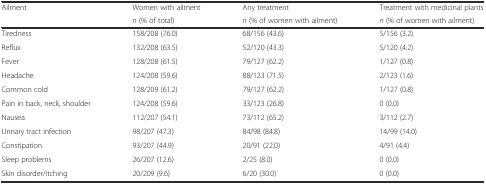
<table><thead><tr><td><b>Ailment</b></td><td><b>Women with ailment</b></td><td><b>Any treatment</b></td><td><b>Treatment with medicinal plants</b></td></tr><tr><td></td><td><b><i>n</i> (% of total)</b></td><td><b><i>n</i> (% of women with ailment)</b></td><td><b><i>n</i> (% of women with ailment)</b></td></tr></thead><tbody><tr><td>Tiredness</td><td>158/208 (76.0)</td><td>68/156 (43.6)</td><td>5/156 (3.2)</td></tr><tr><td>Reflux</td><td>132/208 (63.5)</td><td>52/120 (43.3)</td><td>5/120 (4.2)</td></tr><tr><td>Fever</td><td>128/208 (61.5)</td><td>79/127 (62.2)</td><td>1/127 (0.8)</td></tr><tr><td>Headache</td><td>124/208 (59.6)</td><td>88/123 (71.5)</td><td>2/123 (1.6)</td></tr><tr><td>Common cold</td><td>128/209 (61.2)</td><td>79/127 (62.2)</td><td>1/127 (0.8)</td></tr><tr><td>Pain in back, neck, shoulder</td><td>124/208 (59.6)</td><td>33/123 (26.8)</td><td>0 (0.0)</td></tr><tr><td>Nausea</td><td>112/207 (54.1)</td><td>73/112 (65.2)</td><td>3/112 (2.7)</td></tr><tr><td>Urinary tract infection</td><td>98/207 (47.3)</td><td>84/98 (84.8)</td><td>14/99 (14.0)</td></tr><tr><td>Constipation</td><td>93/207 (44.9)</td><td>20/91 (22.0)</td><td>4/91 (4.4)</td></tr><tr><td>Sleep problems</td><td>26/207 (12.6)</td><td>2/25 (8.0)</td><td>0 (0.0)</td></tr><tr><td>Skin disorder/itching</td><td>20/209 (9.6)</td><td>6/20 (30.0)</td><td>0 (0.0)</td></tr></tbody></table>